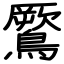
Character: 鷢